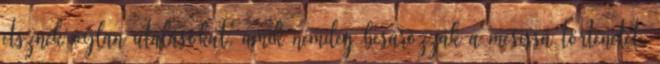
etsznek oylan utalásokat, amik némileg besározzák a mesissá történetet.